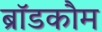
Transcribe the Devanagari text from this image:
ब्रॉडकौम